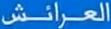
العرائش